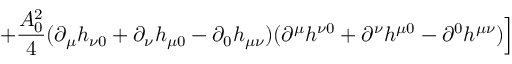
+ { \frac { A _ { 0 } ^ { 2 } } { 4 } } ( \partial _ { \mu } h _ { \nu 0 } + \partial _ { \nu } h _ { \mu 0 } - \partial _ { 0 } h _ { \mu \nu } ) ( \partial ^ { \mu } h ^ { \nu 0 } + \partial ^ { \nu } h ^ { \mu 0 } - \partial ^ { 0 } h ^ { \mu \nu } ) \Bigr ]